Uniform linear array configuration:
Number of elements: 32
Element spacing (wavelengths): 1
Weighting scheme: kaiser
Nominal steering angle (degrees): -15
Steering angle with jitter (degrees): -16.262
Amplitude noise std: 0.05
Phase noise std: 0.05

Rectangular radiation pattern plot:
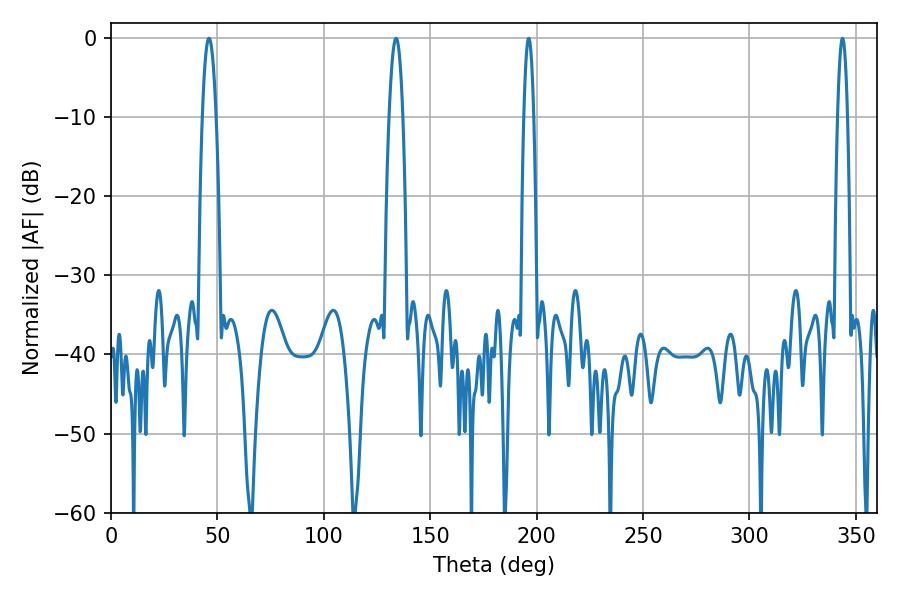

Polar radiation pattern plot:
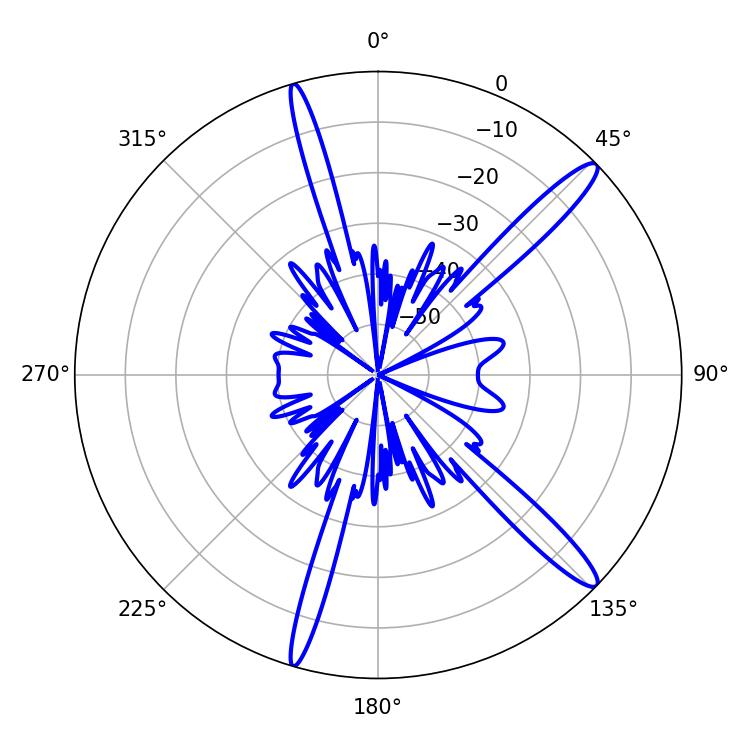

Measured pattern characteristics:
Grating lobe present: TRUE
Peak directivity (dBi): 14.55
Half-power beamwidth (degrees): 3.6
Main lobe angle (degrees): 133.92